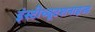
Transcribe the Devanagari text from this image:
इंस्टीच्यूटशनाइज्ड